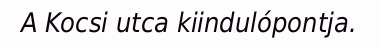
A Kocsi utca kiindulópontja.